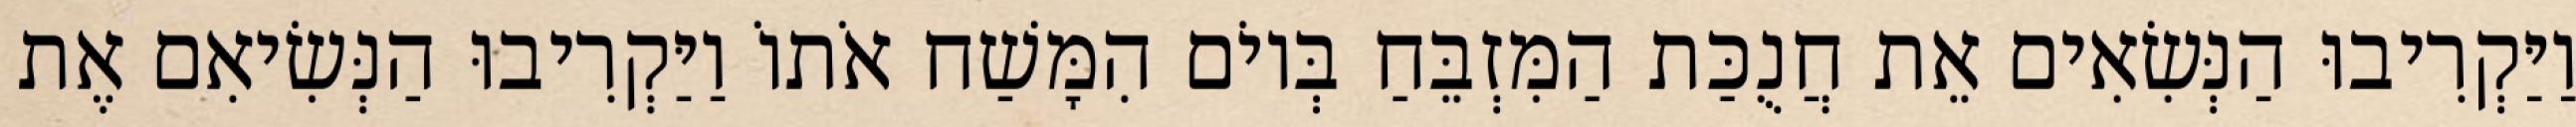
וַיַּקְרִיבוּ הַנְּשִׂאִים אֵת חֲנֻכַּת הַמִּזְבֵּחַ בְּיוֹם הִמָּשַׁח אֹתוֹ וַיַּקְרִיבוּ הַנְּשִׂיאִם אֶת